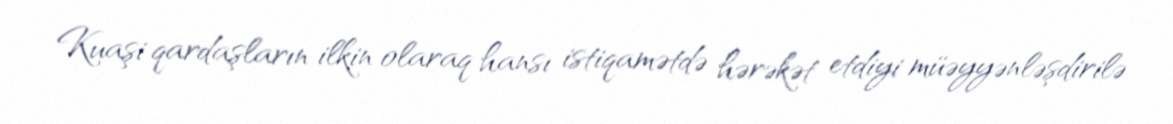
Kuaşi qardaşların ilkin olaraq hansı istiqamətdə hərəkət etdiyi müəyyənləşdirilə